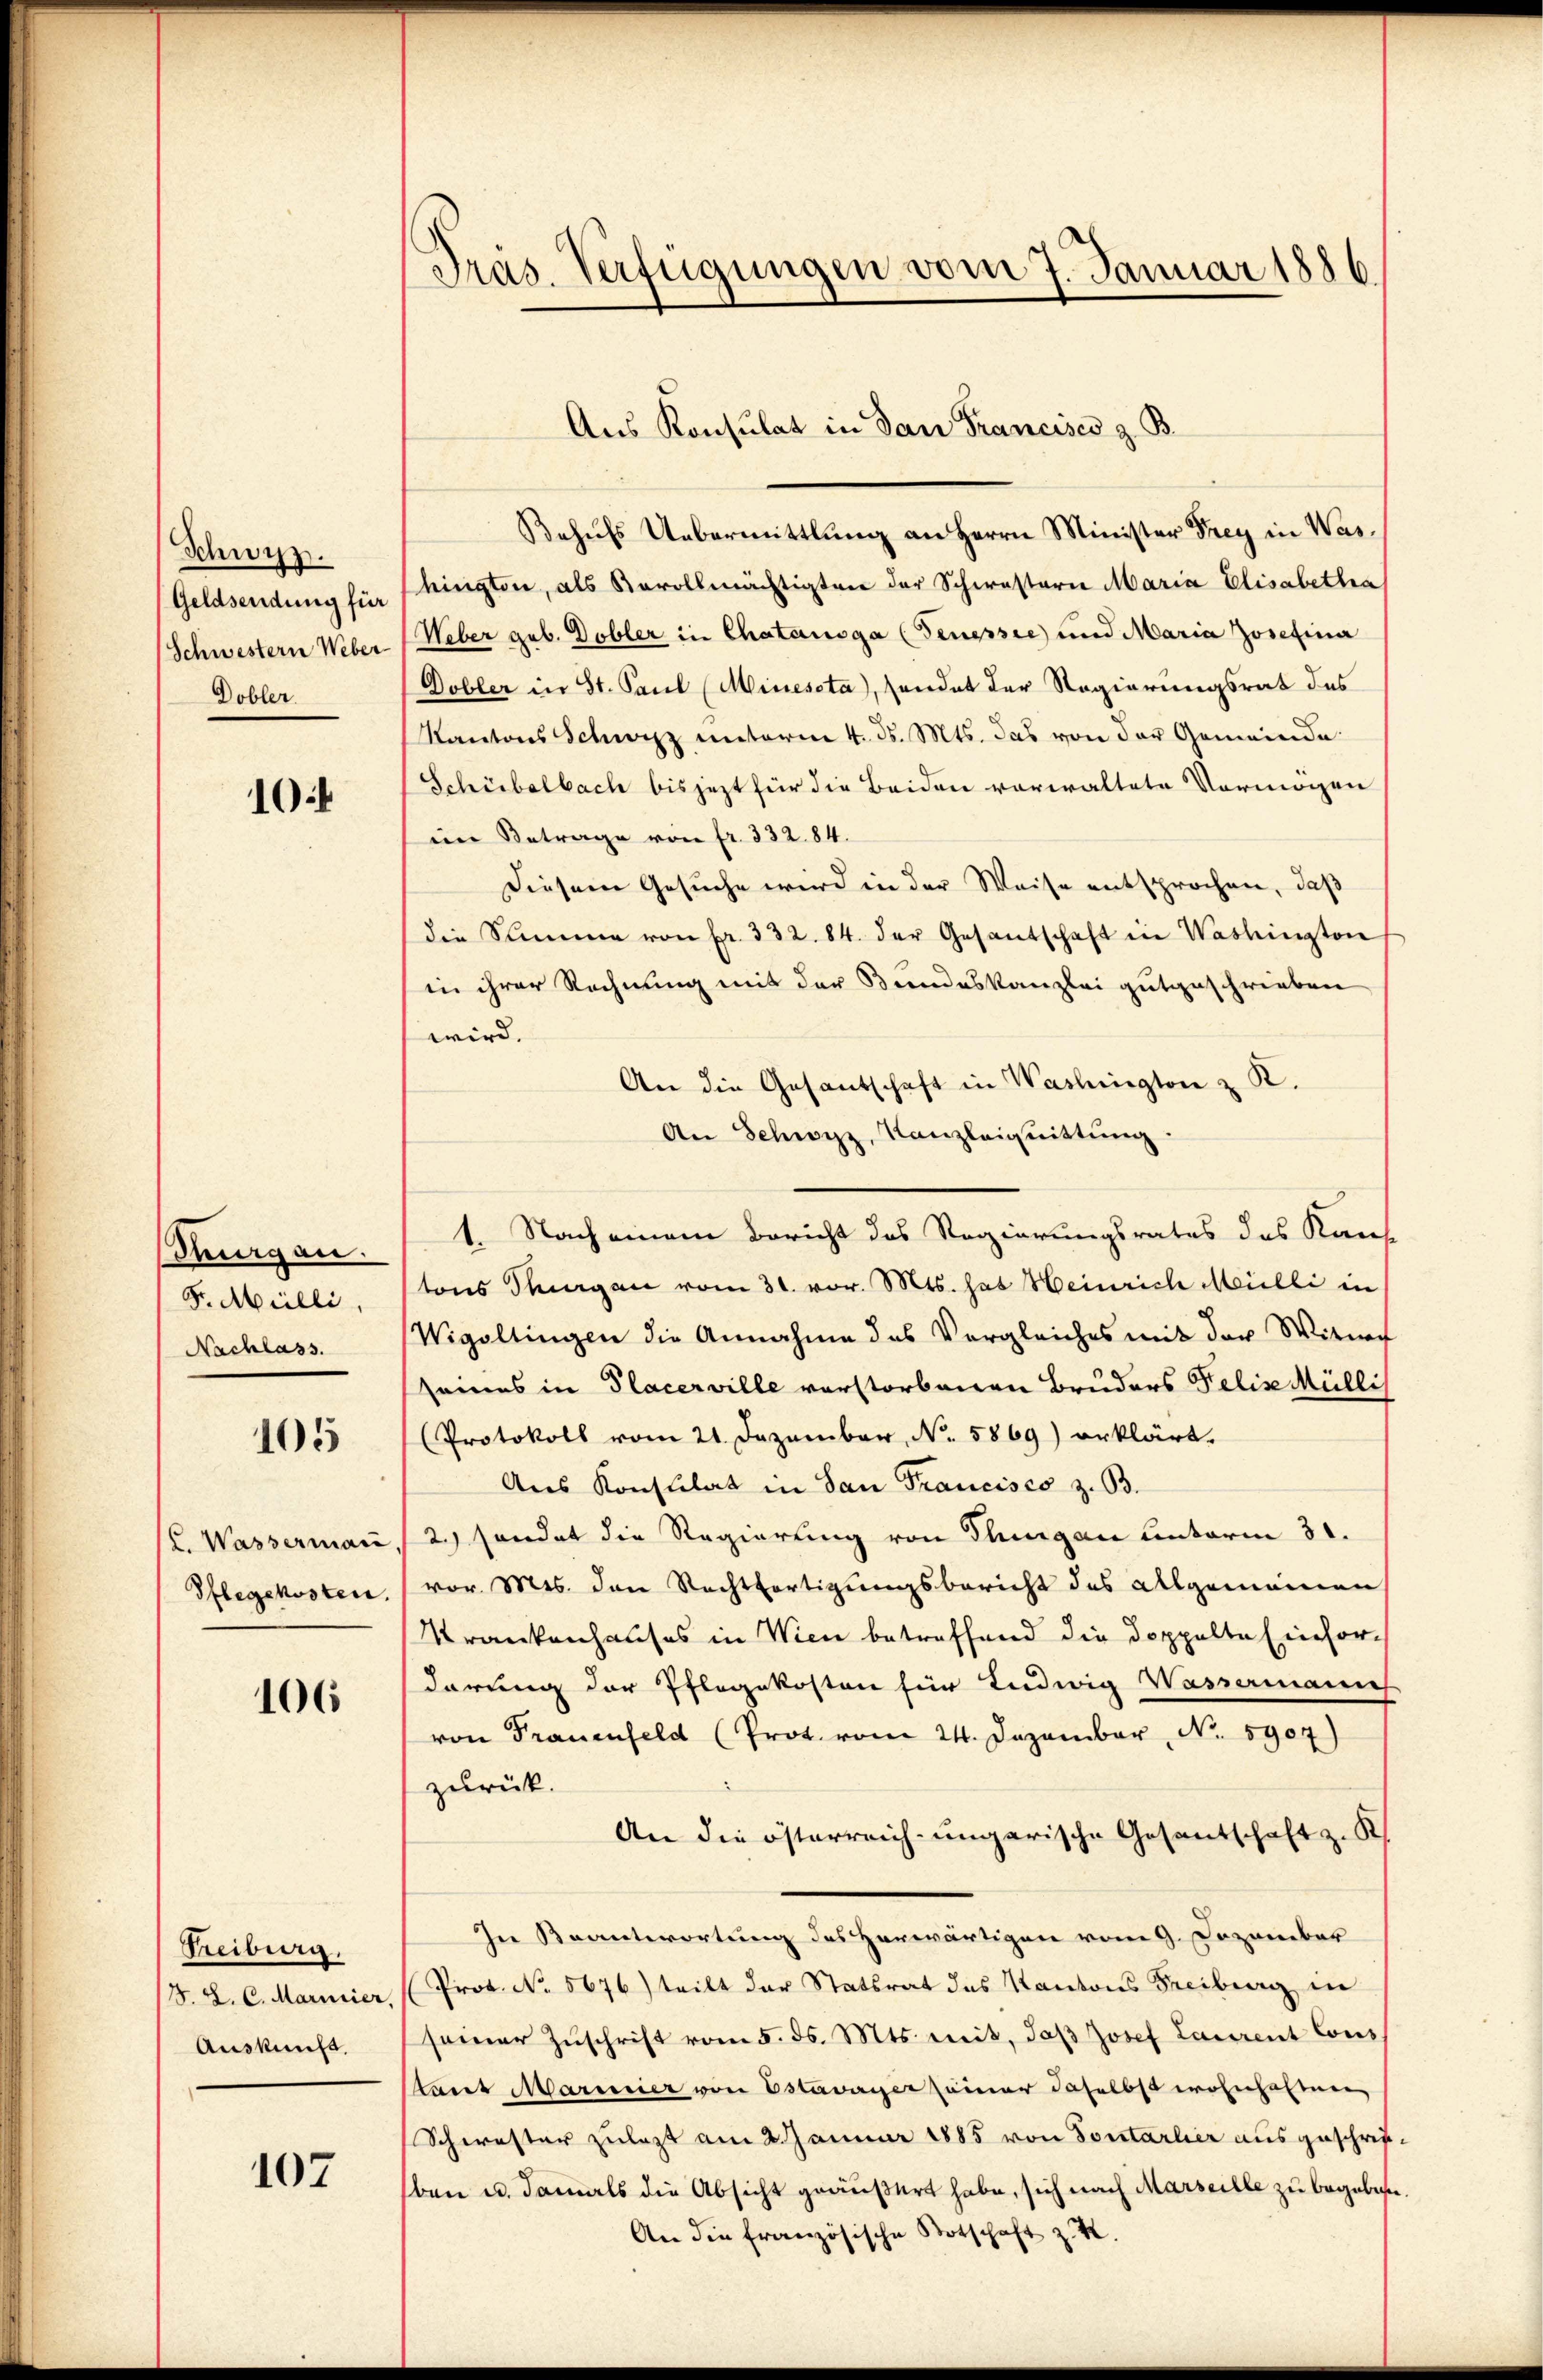
Schwyz.
Geldsendung für
Schwestern Weber
Dobler.

10

Thurgau.
Fr. Mülli,
Nachlass.

105

L. Wasserman
Pflegekosten

106

Treiburg.
S. L. C. Mariier
Auskunft.

107

Präs. Verfügungen vom 7. Januar 1886.

Behŭfs Uebermittlung an Herrn Minister Frey in Washington, als Novollmächtigten der Schwesterie Maria Elisabetha
Weber geb. Dobler in Chatanoga (Fenepsie und Maria Josefina
Dobler in St. Paul (Minescta), sandat der Regierungsrat des
Kantons Schwyz unterm 4. ds. Mts. das von der Gemeinde
Schübelbach bis jezt für die Beiden vorwaltete Vermögen
im Betrage von fr. 332. 84.
Diesem Gesuche wird in der Weise entsprochen, daß
die Summe von fr. 332. 84. der Gesandschaft in Washington
in ihrer Rechnung mit der Bundeskanzlei gutgeschrieben
wird.
An die Gesandschaft in Washington z. K.
An Schwyz, Kanzleiquittung
tons Thurgau vom 31. vor. Mts. hat Heinrich Mülli in
Wigoltingen die Annahme des Vergleiches mit der Witweg
sames in Placerville verstorbenen Bruders Felix Mülli
(Protokoll vom 21. Dezember, N. 5869) erklärt.
Aus Konstilat in San Francisco z. B.
2.) sondet die Regierung von Thurgau unterm 31.
vor. Mts. den Rechtfertigungsbericht des Algemeinen
Krankenhauses in Wien betreffend die doppelte Einfordarung der Pflegekosten für Ludwig Wassermanis
von Frauenfeld (Prot. vom 24. Dezember, No. 5907)
zurück.
An die österreich-ungarische Gesantschaft z. K
In Beantwortung des Herwärtigen vom 9. Dezember
Prof. No. 5676) tritt der Statsrat des Kantons Freiburg in
seiner Zŭschrift vom 5. ds. Mts. mit, daß Josef Laurent Cons
Stadt Marmier von Estavayer seiner daselbst wohnhaften
Schwester zulezt am 2. Januar 1885 von Sontarlier ausgeschrifben u. damals die Absicht geäußert habe, sich nach Marseille zu begeben.
An die französische Botschaft z. K.

Aus Konsulat in San Francises z. B.

1. Nach einem Bericht des Regierungsrates des Kauf